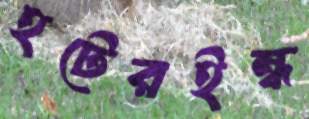
হটেরইন্ধ